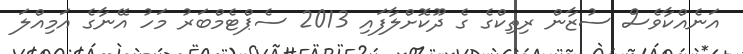
އަނެއްކާވެސް ސުޒާން ރިތިކްގެ ގެ ދޫކޮށްލާފައި 2013 ސެޕްޓެމްބަރު މަހު އޭނާގެ އަމިއްލަ